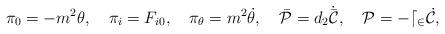
LaTeX: \begin{align*}\pi_0=-m^{2}\theta,~~~\pi_i=F_{i0},~~~\pi_{\theta}=m^{2}\dot{\theta},~~~\bar{\cal P}=d_{2}\dot{\bar{\cal C}},~~~{\cal P}=-d_{2}\dot{\cal C},\end{align*}